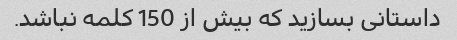
داستانی بسازید که بیش از 150 کلمه نباشد.